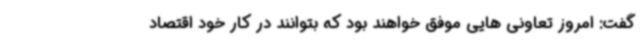
گفت: امروز تعاونی هایی موفق خواهند بود که بتوانند در کار خود اقتصاد